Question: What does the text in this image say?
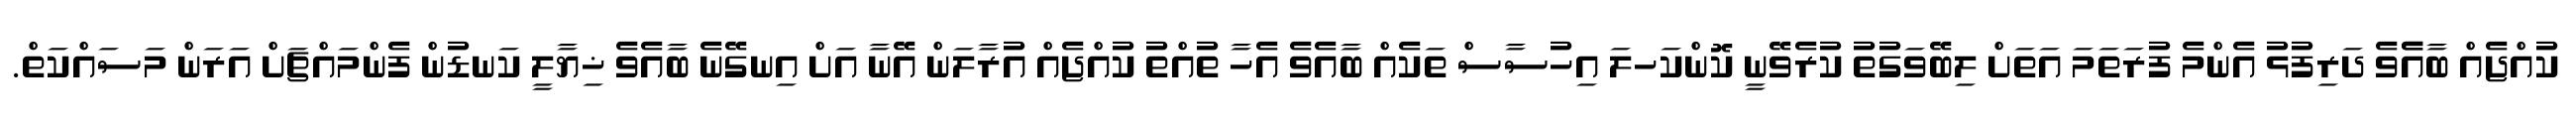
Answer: ކުއްޖެއް ބާއެެވެ ދަރިފުޅު އެންމެ ފުރަތަމަ އަތަށް ލިބޭވަގުތު ކުރެވޭނީ ކޮންކަހލަ އިހުސާސް ތަކެއް ބާއެވެ އެހާ ތުއްތު ކުއްޖެއް އުރާލަން އޭނާ އަށް އިނގޭނެ ބާއެވެ ޚިޔާލީ ކަނޑުން ފެންމައްޗަށް އަރަން މަސައްކަތް.